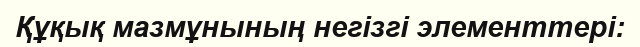
Құқық мазмұнының негізгі элементтері: